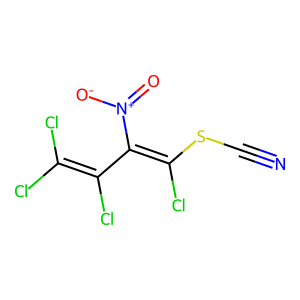
SMILES: N#CSC(Cl)=C(C(Cl)=C(Cl)Cl)[N+](=O)[O-]
Inhibits HIV replication: No